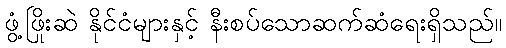
ဖွံ့ဖြိုးဆဲ နိုင်ငံများနှင့် နီးစပ်သောဆက်ဆံရေးရှိသည်။